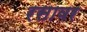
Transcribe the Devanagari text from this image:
रसावर